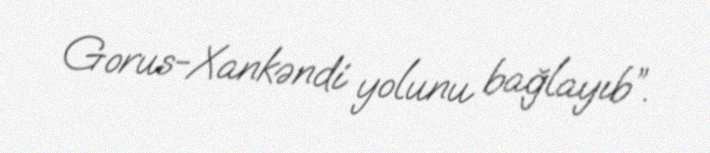
Gorus-Xankəndi yolunu bağlayıb”.